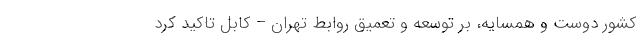
کشور دوست و همسایه، بر توسعه و تعمیق روابط تهران – کابل تاکید کرد